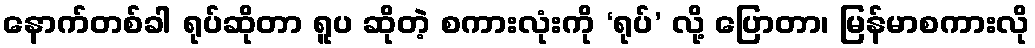
နောက်တစ်ခါ ရုပ်ဆိုတာ ရူပ ဆိုတဲ့ စကားလုံးကို ‘ရုပ်’ လို့ ပြောတာ၊ မြန်မာစကားလို